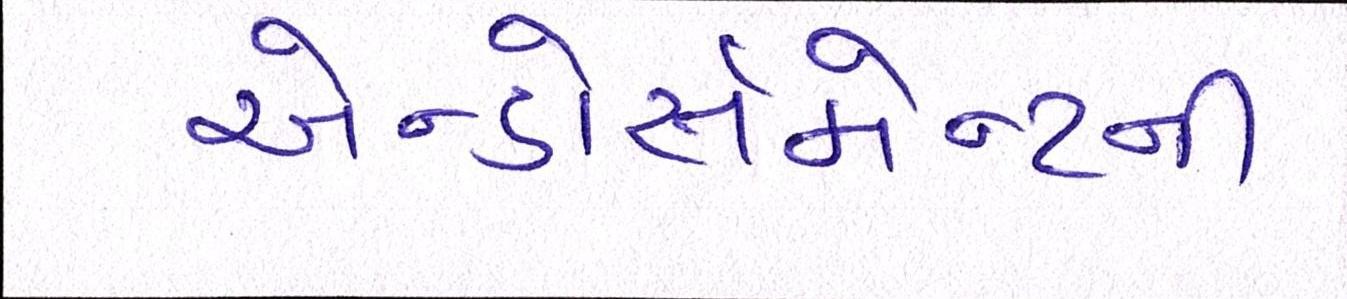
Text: એન્ડોર્સમેન્ટની